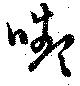
顰